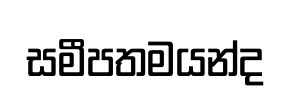
සමීපතමයන්ද